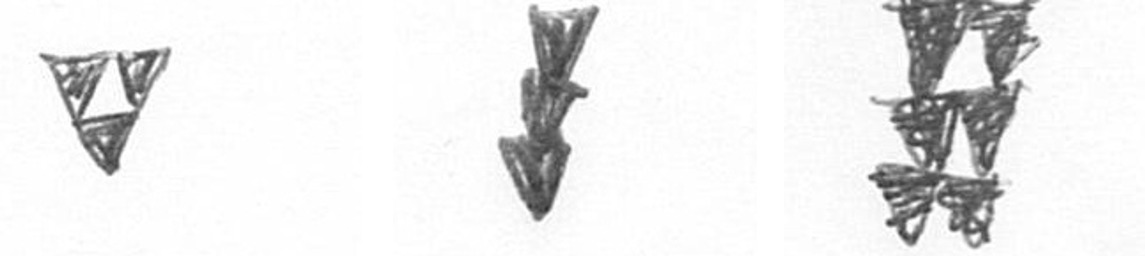
S E Y